Document type: Emphyteutic lease
Year: 1473
Scribe: [Unknown]
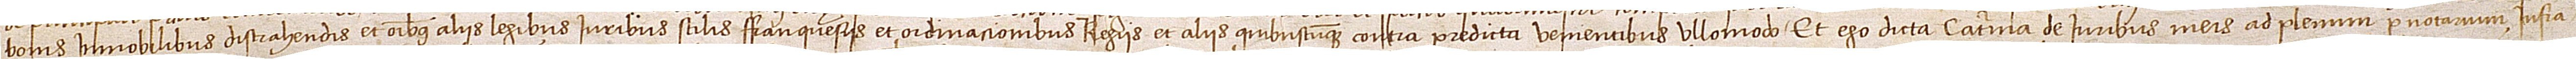
bonis immobilibus distrahendis, et omnibus aliis legibus, iuribus, stilis, franquesiis et ordinacionibus regiis et aliis quibuscumque contra predicta venientibus ullomodo. Et ego dicta Caterina, de iuribus meis ad plenum per notarium infra-